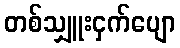
တစ်သျှူးငှက်ပျော